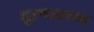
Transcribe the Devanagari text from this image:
दूलाराम